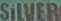
SiLVER